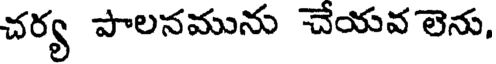
చర్య పాలనమును చేయవ లెను,